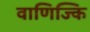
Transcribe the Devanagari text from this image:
वाणिज्कि